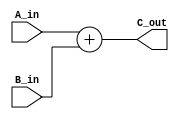
module Adder32 (
    input wire [31:0]   A_in,
    input wire [31:0]   B_in,
    output wire [31:0]   C_out
);
    assign C_out = A_in + B_in;
endmodule